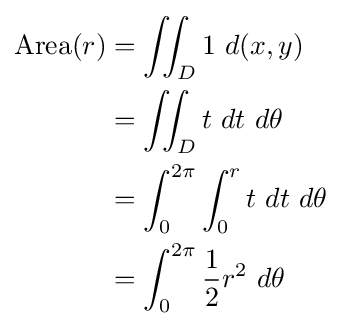
{\begin{aligned}\mathrm {Area} (r)&{}=\iint _{D}1\ d(x,y)\\&{}=\iint _{D}t\ dt\ d\theta \\&{}=\int _{0}^{2\pi }\int _{0}^{r}t\ dt\ d\theta \\&{}=\int _{0}^{2\pi }{\frac {1}{2}}r^{2}\ d\theta \\\end{aligned}}